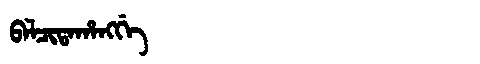
Manchu: ᠪᠠᠯᠴᡳᡨᠠᡥᠠᠩᡤᡝ
Romanization: BALCITAHANGGE